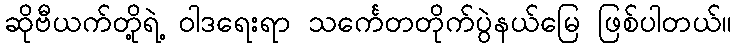
ဆိုဗီယက်တို့ရဲ့ ၀ါဒရေးရာ သင်္ကေတတိုက်ပွဲနယ်မြေ ဖြစ်ပါတယ်။